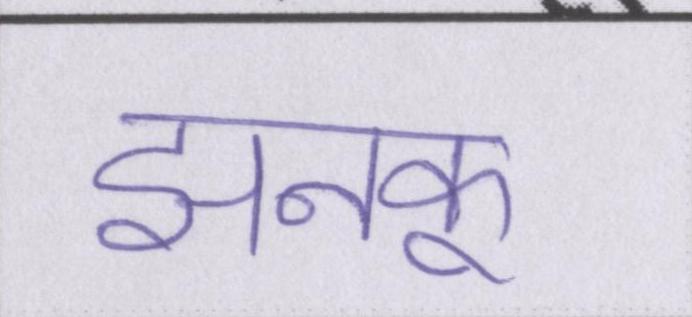
झनकू